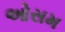
ઓસમ